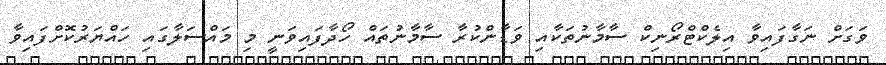
ވަގަށް ނަގާފައިވާ އިލެކްޓްރޯނިކް ސާމާނުތަކާއި ވަޑާންކުރާ ސާމާނުތައް ހޯދާފައިވަނީ މި މައްސަލާގައި ހައްޔަރުކޮށްފައިވާ